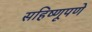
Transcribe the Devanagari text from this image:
सहिष्णूपणे